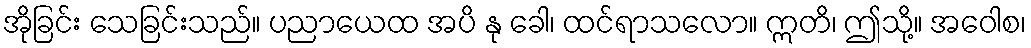
အိုခြင်း သေခြင်းသည်။ ပညာယေထ အပိ နု ခေါ၊ ထင်ရာသလော။ ဣတိ၊ ဤသို့။ အဝေါစ၊